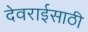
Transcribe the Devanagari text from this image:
देवराईसाठी